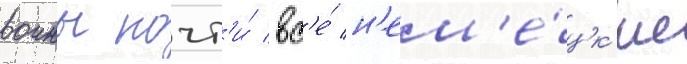
воины почт'и́ вс'е́ н'ем'е́цк'ие